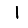
Digit: 1